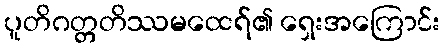
ပူတိဂတ္တတိဿမထေရ်၏ ရှေးအကြောင်း